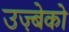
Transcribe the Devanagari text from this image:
उज़्बेको